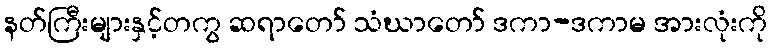
နတ်ကြီးများနှင့်တကွ ဆရာတော် သံဃာတော် ဒကာ-ဒကာမ အားလုံးကို